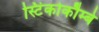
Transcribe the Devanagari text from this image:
स्टिंकोकौम्बे